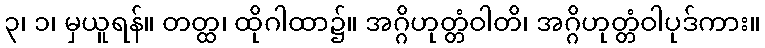
၃၊ ၁၊ မှယူရန်။ တတ္ထ၊ ထိုဂါထာ၌။ အဂ္ဂိဟုတ္တံဝါတိ၊ အဂ္ဂိဟုတ္တံဝါပုဒ်ကား။